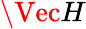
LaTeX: \Vec{H}